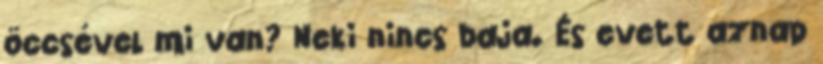
öccsével mi van? Neki nincs baja. És evett aznap